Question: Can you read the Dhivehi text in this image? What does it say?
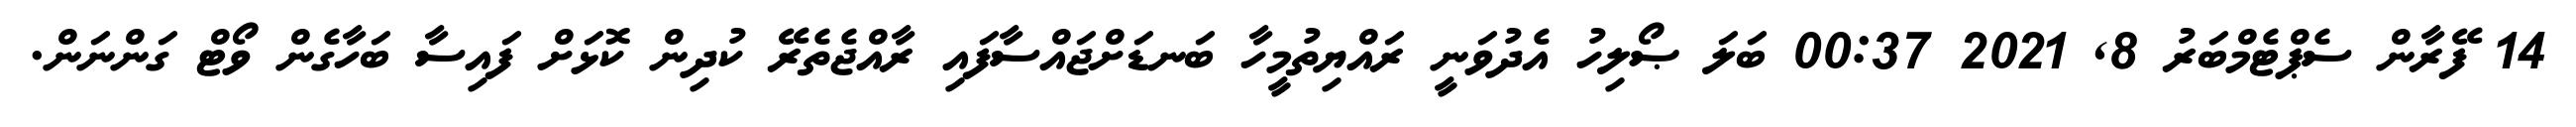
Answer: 14 ފޭރާން ސެޕްޓެމްބަރު 8, 2021 00:37 ބަލަ ޞޯލިހު އެދުވަނީ ރައްޔިތުމީހާ ބަނޑަށްޖައްސާފައި ރާއްޖެތެރޭ ކުދިން ކޮޅަށް ފައިސާ ބަހާގެން ވޯޓް ގަންނަން.